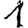
Digit: 1